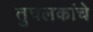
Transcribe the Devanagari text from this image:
तुघलकांचे